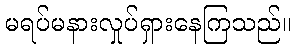
မရပ်မနားလှုပ်ရှားနေကြသည်။